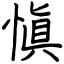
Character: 愼